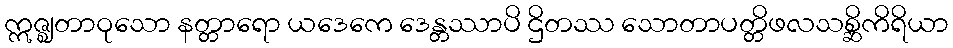
ဣဇ္ဈတာဝုသော နတ္တာရော ယဒေကေ ဒေန္တဿာပိ ဌိတဿ သောတာပတ္တိဖလသစ္ဆိကိရိယာ